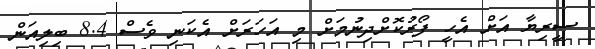
ސީރިޔާ އަށް އެހީ ފޯރުކޮށްދިނުމަށް މި އަހަރަށް އެކަނި ވެސް 8.4 ބިލިއަން